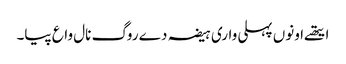
ایتھے اونوں پہلی واری ہیضہ دے روگ نال واع پیا۔